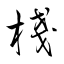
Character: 棧